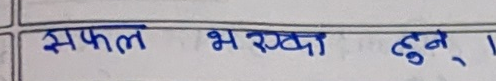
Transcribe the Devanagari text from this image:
सफल भएका हुन्।